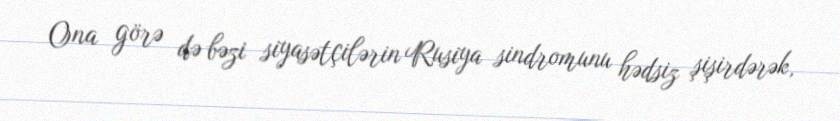
Ona görə də bəzi siyasətçilərin Rusiya sindromunu hədsiz şişirdərək,